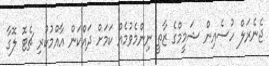
ޖެނެރަލް ހުސެއިން ޝަމީމްގެ ޒާތީ ނިންމެވުމެއް ކަމަށް ދައްކަން އާއްމުކުރި ޗެޓޮ ލޮގާ